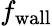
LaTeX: f_{\mathrm{wall}}